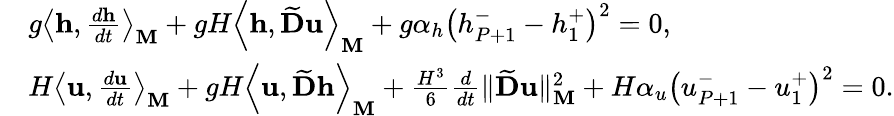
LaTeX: \begin{array}{rl}&{g\left\langle\mathbf{h},\frac{d\mathbf{h}}{dt}\right\rangle_{\mathbf{M}}+gH\left\langle\mathbf{h},\widetilde{\mathbf{D}}\mathbf{u}\right\rangle_{\mathbf{M}}+g\alpha_{h}\left({h}_{P+1}^{-}-{h}_{1}^{+}\right)^{2}=0,}\\ &{H\left\langle\mathbf{u},\frac{d\mathbf{u}}{dt}\right\rangle_{\mathbf{M}}+gH\left\langle\mathbf{u},\widetilde{\mathbf{D}}\mathbf{h}\right\rangle_{\mathbf{M}}+\frac{H^{3}}{6}\frac{d}{dt}\| \widetilde{\mathbf{D}}\mathbf{u}\| _{\mathbf{M}}^{2}+H\alpha_{u}\left({u}_{P+1}^{-}-{u}_{1}^{+}\right)^{2}=0.}\end{array}